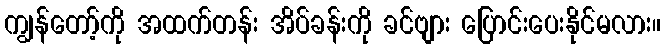
ကျွန်တော့်ကို အထက်တန်း အိပ်ခန်းကို ခင်ဗျား ပြောင်းပေးနိုင်မလား။